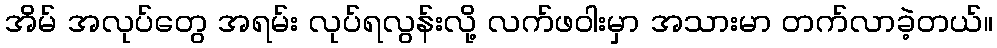
အိမ် အလုပ်တွေ အရမ်း လုပ်ရလွန်းလို့ လက်ဖဝါးမှာ အသားမာ တက်လာခဲ့တယ်။